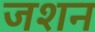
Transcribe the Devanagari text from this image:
जशन